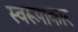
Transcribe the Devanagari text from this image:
स्वरूपाकार